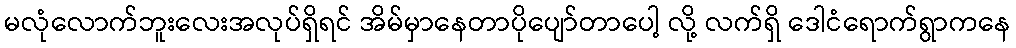
မလုံလောက်ဘူးလေးအလုပ်ရှိရင် အိမ်မှာနေတာပိုပျော်တာပေါ့ လို့ လက်ရှိ ဒေါငံရောက်ရွာကနေ